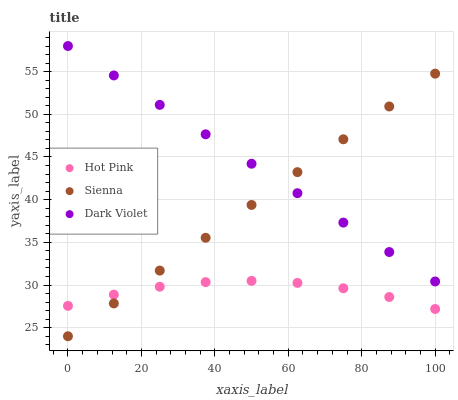
| xaxis_label | Hot Pink | Sienna | Dark Violet |
 | --- | --- | --- | --- |
 | 0 | 27.6 | 24 | 58 |
 | 12.5 | 28.9 | 27.8 | 54.6 |
 | 25 | 29.8 | 31.7 | 51.1 |
 | 37.5 | 30.3 | 35.5 | 47.7 |
 | 50 | 30.5 | 39.4 | 44.2 |
 | 62.5 | 30.2 | 43.2 | 40.8 |
 | 75 | 29.6 | 47.1 | 37.3 |
 | 87.5 | 28.6 | 50.9 | 33.9 |
 | 100 | 27.2 | 54.8 | 30.4 |